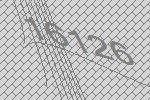
16126